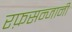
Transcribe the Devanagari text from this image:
रफ़सन्जानी